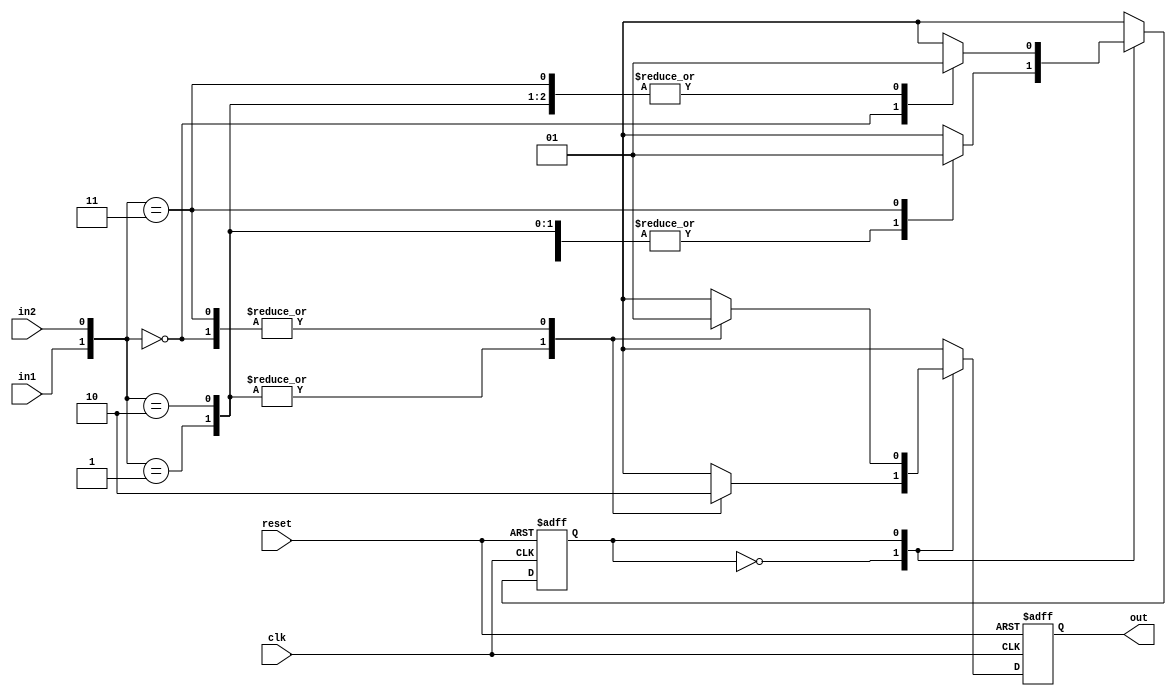
module serial_adder(out,in1,in2,clk,reset);
parameter zero = 1'b0, one = 1'b1;
output reg out;
input in1,in2,clk,reset;

reg carry;

always @(posedge clk or negedge reset) begin
    if (!reset)
    begin
        carry = zero;
        out = 0;
    end
    else
    case (carry)
        zero:
        begin
            case ({in1,in2})
                2'b00: begin
                    carry = zero;
                    out = 0; 
                end
                2'b01:
                begin
                    carry = zero;
                    out = 1;
                end
                2'b10:
                begin
                    carry = zero;
                    out = 1;
                end
                2'b11:
                begin
                    carry = one;
                    out = 0;
                end
                default: begin
                    carry = zero;
                    out = 0; 
                end
            endcase
        end
        one:
        begin
            case ({in1,in2})
                2'b00:
                begin
                    carry = zero;
                    out = 1; 
                end 
                2'b01:
                begin
                    carry = one;
                    out = 0; 
                end
                2'b10:
                begin
                    carry = one;
                    out = 0; 
                end
                2'b11:
                begin
                    carry = one;
                    out = 1; 
                end
                default: begin
                    carry = zero;
                    out = 0; 
                end
            endcase
        end
        default: carry = zero;
    endcase
end
endmodule